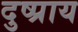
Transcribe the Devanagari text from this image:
दुष्प्राय